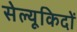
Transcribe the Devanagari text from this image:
सेल्यूकिदों